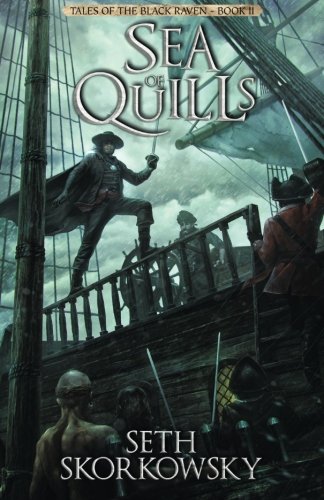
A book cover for Sea of Quills (Tales of the Black Raven) (Volume 2); Seth Skorkowsky; Literature & Fiction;